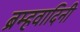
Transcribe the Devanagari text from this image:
ब्रम्हवादिनी